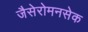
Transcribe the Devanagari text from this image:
जैसेरोमनसेक